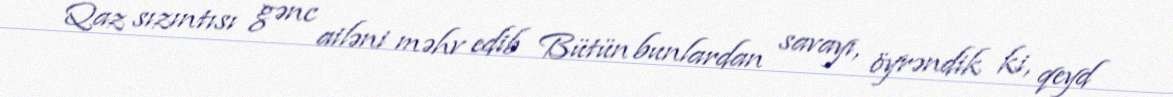
Qaz sızıntısı gənc ailəni məhv edib Bütün bunlardan savayı, öyrəndik ki, qeyd